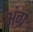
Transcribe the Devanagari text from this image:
अंग्र